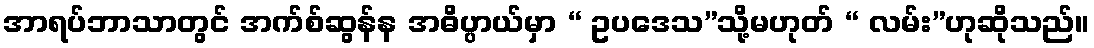
အာရပ်ဘာသာတွင် အက်စ်ဆွန်န အဓိပ္ပာယ်မှာ “ ဥပဒေသ”သို့မဟုတ် “ လမ်း”ဟုဆိုသည်။